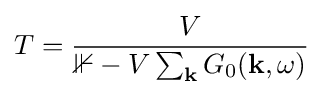
T={\frac {V}{\mathbb {1} -V\sum _{\mathbf {k} }G_{0}(\mathbf {k} ,\omega )}}